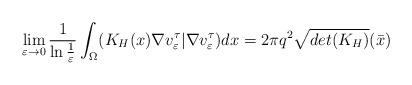
LaTeX: \begin{align*}\lim_{\varepsilon\to 0}\frac{1}{\ln\frac{1}{\varepsilon}}\int_{\Omega}(K_H(x)\nabla v^\tau_\varepsilon| \nabla v^\tau_\varepsilon) dx=2\pi q^2\sqrt{det(K_{H})}(\bar{x})\end{align*}